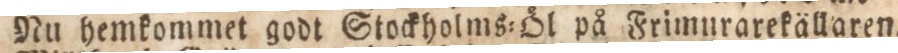
Nu hemkommet godt Stockholms=Öl på Frimurarekällaren.